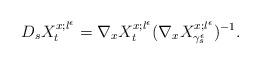
LaTeX: \begin{align*}D_{s}X_{t}^{x;l^\epsilon}=\nabla_{x} X_{t}^{x;l^\epsilon}(\nabla_{x}X_{\gamma^{\epsilon}_{s}}^{x;l^\epsilon})^{-1}.\end{align*}